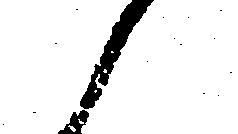
候